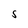
Character: 5